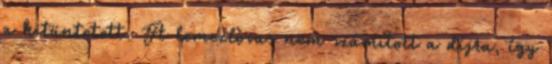
a kitüntetett. A lemezlovas nem számított a díjra, így